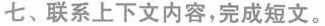
七、联系上下文内容,完成短文。